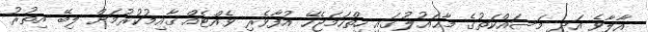
އާލާވެ އަދި މަސައްކަތުގެ މާޙައުލުގައި ހިތްހަމަޖެހޭ އުފާވެރި ވެއްޓެއް ޤާއިމުކުރުމަށް ލިބޭ އިތުރު